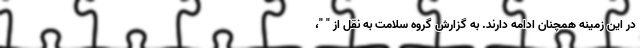
در این زمینه همچنان ادامه دارند. به گزارش گروه سلامت به نقل از " "،